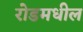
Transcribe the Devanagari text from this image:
रोडमधील